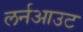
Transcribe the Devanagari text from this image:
लर्नआउट